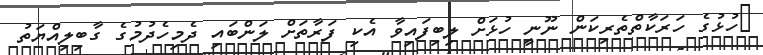
ހުޅުގެ ހަރަކާތްތެރިކަން ނޫނީ ހުޅަށް ލިބިފައިވާ އެކި ފަރާތަށް ލަންބައި ދެމިހެދުމުގެ ގާބިލިއްޔަތު